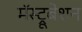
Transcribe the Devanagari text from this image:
मॅस्ट्रूबेशन